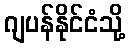
ဂျပန်နိုင်ငံသို့